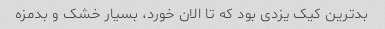
بدترین کیک یزدی بود که تا الان خورد، بسیار خشک و بدمزه